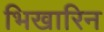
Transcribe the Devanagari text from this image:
भिखारिन